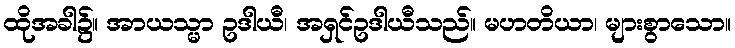
ထိုအခါ၌။ အာယသ္မာ ဥဒါယီ၊ အရှင်ဥဒါယီသည်။ မဟတိယာ၊ များစွာသော။